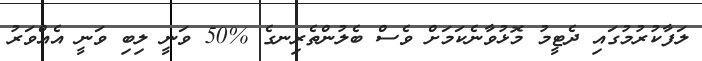
ލަފާކުރުމުގައި ދެޓީމު މޮޅުވާނެކަމަށް ވެސް ބެލުންތެރިނގެ %50 ވަނީ ލިބި ވަނީ އެއްވަރު